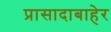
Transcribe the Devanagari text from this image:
प्रासादाबाहेर